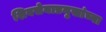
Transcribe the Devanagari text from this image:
शिवसेनाप्रमुखांच्या